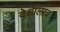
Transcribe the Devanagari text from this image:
देशालाच